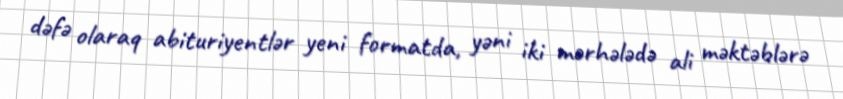
dəfə olaraq abituriyentlər yeni formatda, yəni iki mərhələdə ali məktəblərə